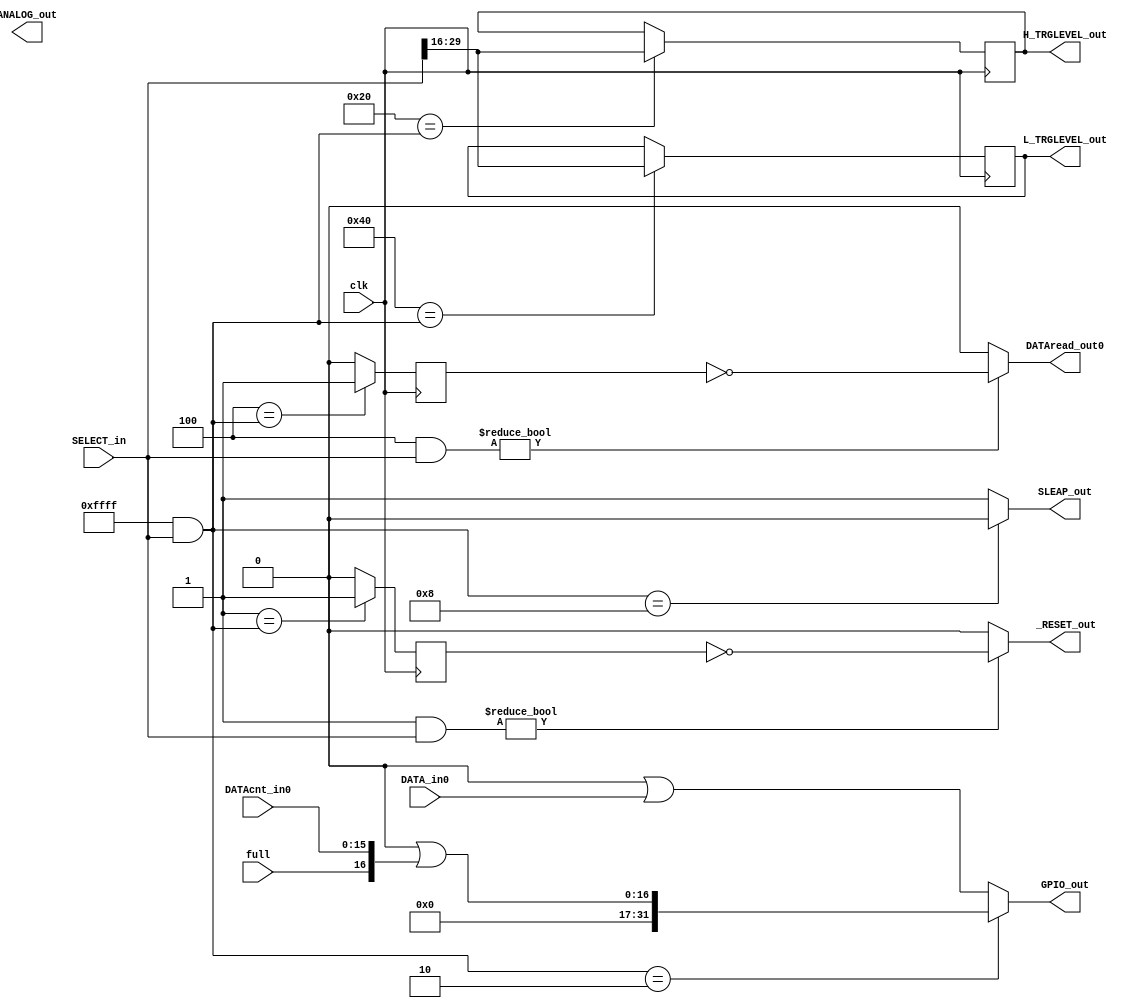
`timescale 1ns / 1ps

//ver1 
//ver2 : low level trg made. v1 <-> v2 compatibility.

//*GPIO input-------------
//  0x0000_0000         //
//    +--+ +--+         //
//     02   01          //
//01: function select   //
//02: send data 16bit   //

//*function code--------------
//  0000_0000_0000_0000     //
//  +--+ +--+ +--+ +--+     //
//   04   03   02   01      //
//01: normal function ch0   //
//02: output function       //
//03: normal function ch1   //
//04: reserved              //

//////////////////////////
//  function list ch0   //
//  input   function    //
//  0001    *start      //
//  0010    *inquiry    //
//  0100    *read       //
//  1000    *stop,sleap //
//////////////////////////
//  function list output//
//  0001    *DACdata    //
//  0010    *H_TRGLv set//
//  0100	*L_TRGLv set//
//////////////////////////
//  function list ch1   //
//  input   function    //
//  0001    - common ch0//
//  0010    *inquiry    //
//  0100    *read       //
//  1000    - common ch0//
//////////////////////////


module GPIOcontroller_modv2(
            SELECT_in, DATA_in0, DATAcnt_in0,full, clk,
            GPIO_out, _RESET_out, DATAread_out0, SLEAP_out, ANALOG_out,H_TRGLEVEL_out,L_TRGLEVEL_out
    );
    
    input[31:0] SELECT_in;
    input[31:0] DATA_in0;
    input[15:0]  DATAcnt_in0;
    input       full;
    input       clk;
    output[31:0] GPIO_out;
    output      DATAread_out0;
    output      _RESET_out;
    output      SLEAP_out;
    output[13:0] ANALOG_out;
    output[13:0] H_TRGLEVEL_out;
	output[13:0] L_TRGLEVEL_out;
    
    reg resetflag;
    reg readflag0;
    reg readflag1;
    reg[13:0] ANALOG_data;
    reg[13:0] H_TRGLEVEL_data;
	reg[13:0] L_TRGLEVEL_data;
    
    //0_0001 start,reset conect to count reset    
    always@(posedge clk)begin
        if(32'h0000_0001 == (32'h0000_ffff & SELECT_in))
            resetflag <= 1;
        else
            resetflag <= 0;
    end
    assign _RESET_out = (32'h0000_0001&SELECT_in)? ~resetflag:0;
   
    // 0_0100 read  clk conect to FIFO read clk   
    always@(posedge clk)begin
        if(32'h0000_0004 == (32'h0000_ffff & SELECT_in))
            readflag0 <= 1;
        else
            readflag0 <= 0;
    end
    assign DATAread_out0 = (32'h0000_0004&SELECT_in)? ~readflag0:0;
    
    //1_0010 H TRG LEVEL data resive from gpio, conect to H_TRGLEVEL
    always@(posedge clk)begin
        if(32'h0000_0020 ==(32'h0000_ffff&SELECT_in))
            H_TRGLEVEL_data <= (SELECT_in >> 16);
        else
            H_TRGLEVEL_data <= H_TRGLEVEL_data;
    end
    assign H_TRGLEVEL_out = H_TRGLEVEL_data;
	
	//1_0100 L TRG LEVEL data resive from gpio, conect to L_TRGLEVEL
    always@(posedge clk)begin
        if(32'h0000_0040 ==(32'h0000_ffff&SELECT_in))
            L_TRGLEVEL_data <= (SELECT_in >> 16);
        else
            L_TRGLEVEL_data <= L_TRGLEVEL_data;
    end
    assign L_TRGLEVEL_out = L_TRGLEVEL_data;
    
    //0_0010 data num OR 0100 data read selector. conect to GPIO in
    assign  GPIO_out = ((32'h0000_ffff & SELECT_in) == 32'h0000_0002)? 32'h0000_0000|{full,DATAcnt_in0} : 32'h0000_0000|DATA_in0;
    
    //0_1000 stop,sleap conect to FIFO write enable
    assign  SLEAP_out = ((32'h0000_ffff & SELECT_in) == 32'h0000_0008)? 0:1;
    
endmodule